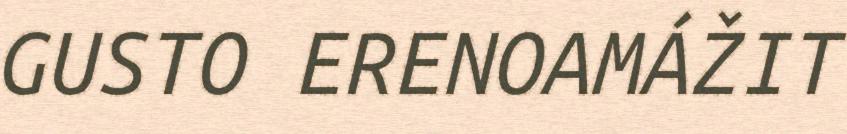
GUSTO ERENOAMÁŽIT